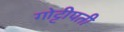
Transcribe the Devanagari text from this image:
गोट्टीपती